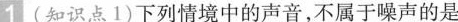
1 (知识点1)下列情境中的声音，不属于噪声的是